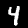
Label: 4